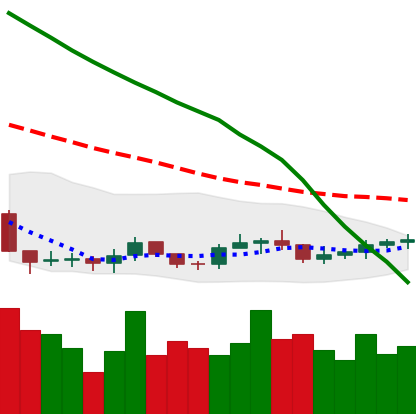
Ticker: ADA-USD
Chart end date: 2019-09-16
Forward return: 10.306%
Label: up_7plus